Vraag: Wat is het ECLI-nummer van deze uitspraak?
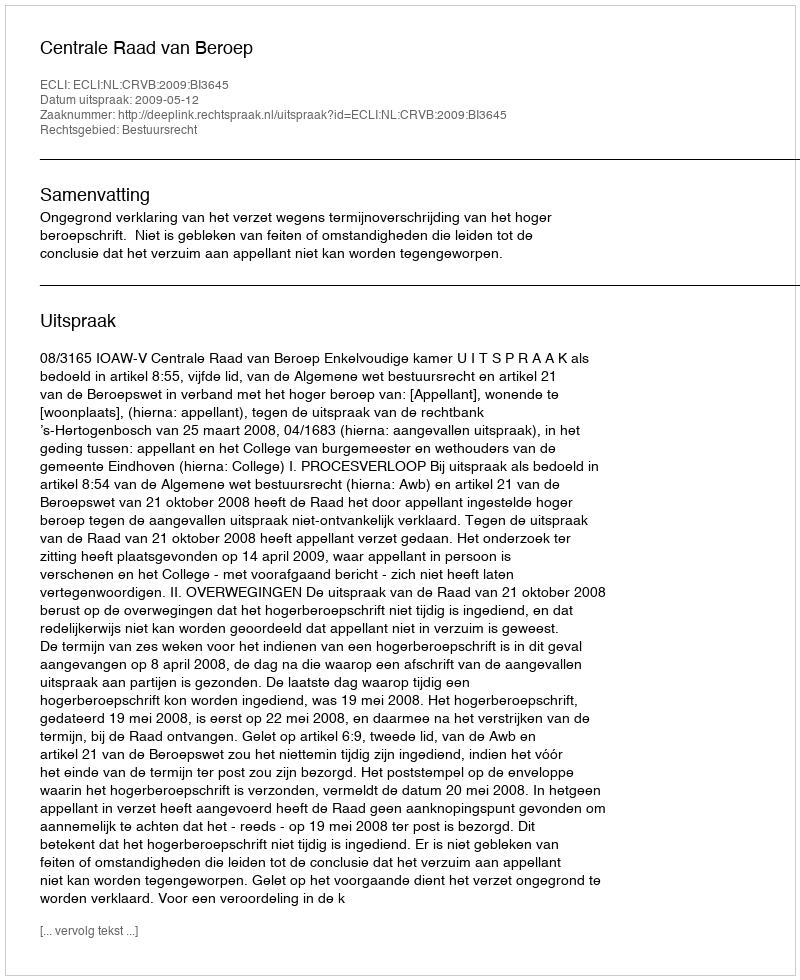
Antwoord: ECLI:NL:CRVB:2009:BI3645